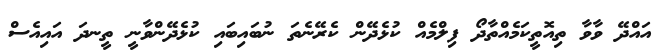
އައްދޭ ވާވާ ތިއޮތީކަމެއްތާދޯ ފިލްމެއް ކުޅެދޭން ކެރޭނެތަ ނުބައިބައި ކުޅެދޭންވާނީ ތީނދަ އައިއެސް